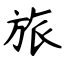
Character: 旅